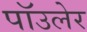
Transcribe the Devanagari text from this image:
पॉउलेर